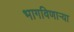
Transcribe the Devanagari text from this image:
भागविणाऱ्या